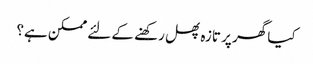
کیا گھر پر تازہ پھل رکھنے کے لئے ممکن ہے؟